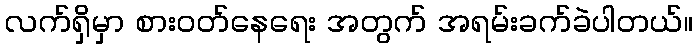
လက်ရှိမှာ စားဝတ်နေရေး အတွက် အရမ်းခက်ခဲပါတယ်။